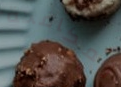
لمكافحة